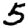
Digit: 5